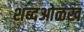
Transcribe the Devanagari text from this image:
शब्दओळख